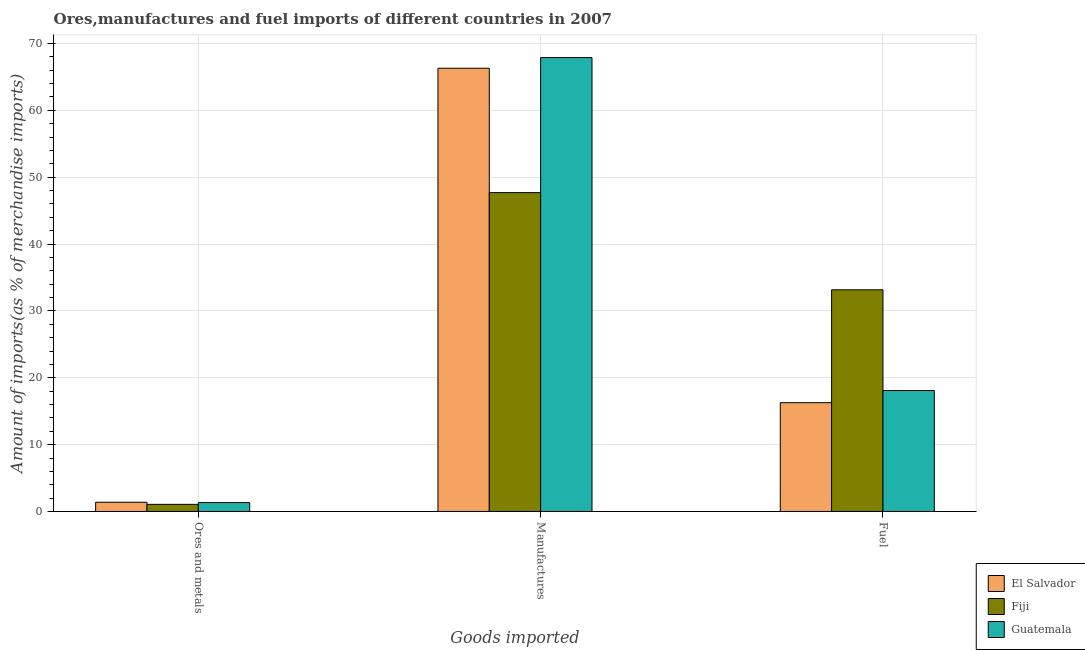
| Goods imported | El Salvador | Fiji | Guatemala |
 | --- | --- | --- | --- |
 | Ores and metals | 1.38 | 1.07 | 1.34 |
 | Manufactures | 66.3 | 47.7 | 67.9 |
 | Fuel | 16.3 | 33.2 | 18.1 |